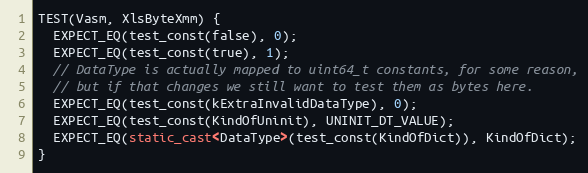
Language: C++
TEST(Vasm, XlsByteXmm) {
  EXPECT_EQ(test_const(false), 0);
  EXPECT_EQ(test_const(true), 1);
  // DataType is actually mapped to uint64_t constants, for some reason,
  // but if that changes we still want to test them as bytes here.
  EXPECT_EQ(test_const(kExtraInvalidDataType), 0);
  EXPECT_EQ(test_const(KindOfUninit), UNINIT_DT_VALUE);
  EXPECT_EQ(static_cast<DataType>(test_const(KindOfDict)), KindOfDict);
}